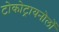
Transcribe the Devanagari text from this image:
टोकोट्रायनोलों